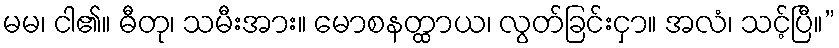
မမ၊ ငါ၏။ ဓီတု၊ သမီးအား။ မောစနတ္ထာယ၊ လွတ်ခြင်းငှာ။ အလံ၊ သင့်ပြီ။”